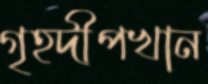
গৃহদীপখান